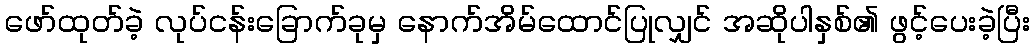
ဖော်ထုတ်ခဲ့ လုပ်ငန်းခြောက်ခုမှ နောက်အိမ်ထောင်ပြုလျှင် အဆိုပါနှစ်၏ ဖွင့်ပေးခဲ့ပြီး